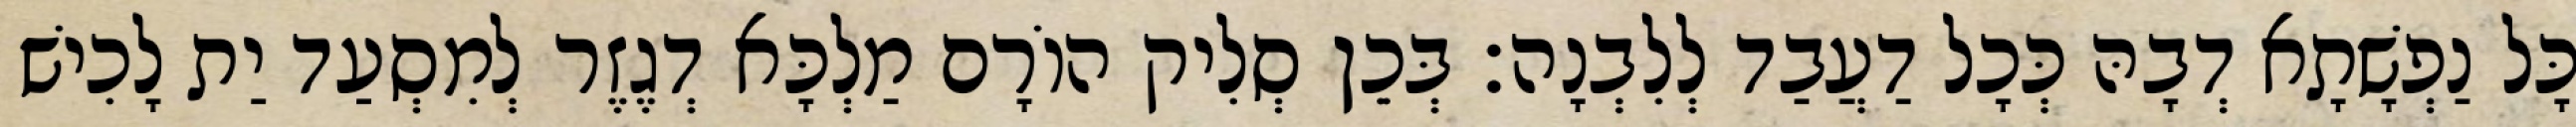
כָּל נַפְשָׁתָא דְבָהּ כְּכָל דַעֲבַד לְלִבְנָה׃ בְּכֵן סְלִיק הוֹרָם מַלְכָּא דְגֶזֶר לְמִסְעַד יַת לָכִישׁ